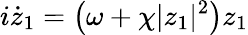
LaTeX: i\dot{z}_{1}=\left(\omega+\chi|z_{1}|^{2}\right)z_{1}